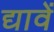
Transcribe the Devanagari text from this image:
द्यावें